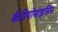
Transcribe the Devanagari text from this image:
केप्रियोमाइसिन